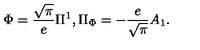
\Phi = { \frac { \sqrt \pi } { e } } \Pi ^ { 1 } , \Pi _ { \Phi } = - { \frac { e } { \sqrt \pi } } A _ { 1 } .